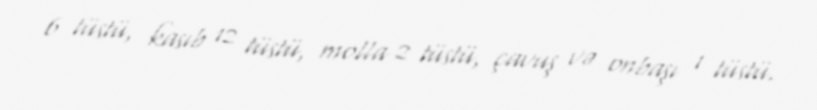
6 tüstü, kasıb 12 tüstü, molla 2 tüstü, çavuş və onbaşı 1 tüstü.